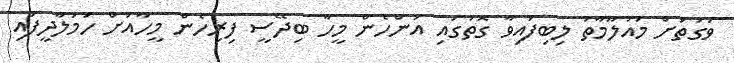
ވަގުތަށް މައުލޫމާތު ލިބިފައިވާ ގޮތުގައި އަންހެން މީހާ ބިދޭސީ ފިރިހެން މީހާއަށް ހަމަލާދީފައި